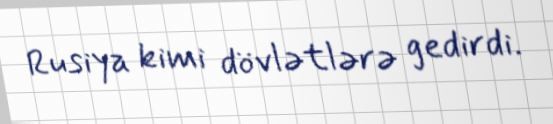
Rusiya kimi dövlətlərə gedirdi.